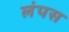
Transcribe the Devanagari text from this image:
लंपस